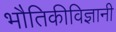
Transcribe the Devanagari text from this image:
भौतिकीविज्ञानी